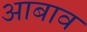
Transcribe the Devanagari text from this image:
आबाव